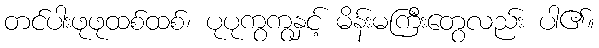
တင်ပါးဖုဖုထစ်ထစ်၊ ပုပုကွကွနှင့် မိန်းမကြီးတွေလည်း ပါ၏။